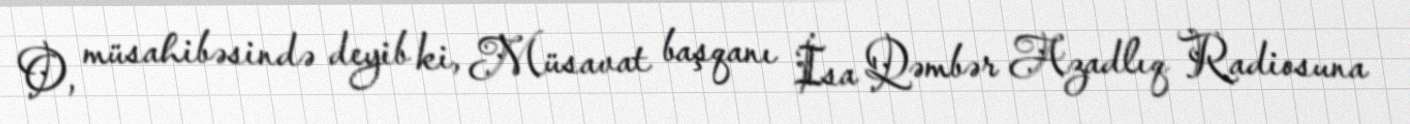
O, müsahibəsində deyib ki, Müsavat başqanı İsa Qəmbər Azadlıq Radiosuna